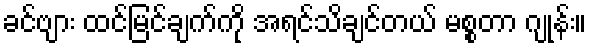
ခင်ဗျား ထင်မြင်ချက်ကို အရင်သိချင်တယ် မစ္စတာ ဂျုန်း။